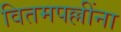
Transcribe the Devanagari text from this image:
वितमपल्लींना